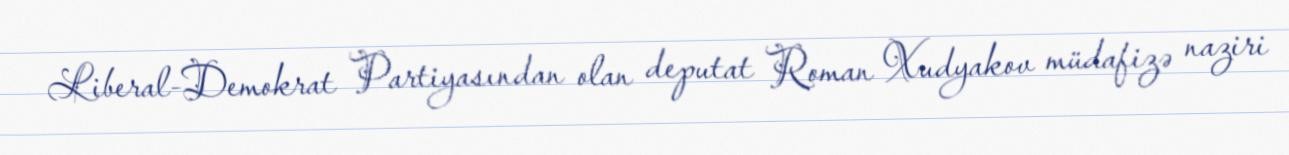
Liberal-Demokrat Partiyasından olan deputat Roman Xudyakov müdafizə naziri